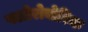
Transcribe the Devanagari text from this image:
फ्लोरोबोरिक